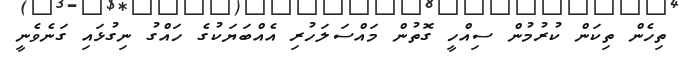
ތިހެން ތިކަން ކުރުމުން ސިއްހީ ގޮތުން މައްސަލަހުރި އެއްބަޔަކުގެ ހައްގު ނިގުޅައި ގަނެވެނީ